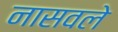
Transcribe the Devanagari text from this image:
नासवले